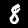
Label: 8